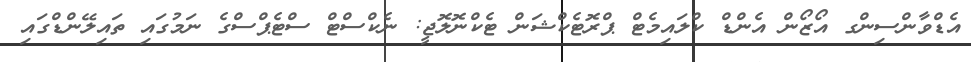
އެޑްވާންސިންގ އޯޒޯން އެންޑް ކްލައިމެޓް ޕްރޮޓެކްޝަން ޓެކްނޮލޮޖީ: ނެކްސްޓް ސްޓެޕްސްގެ ނަމުގައި ތައިލޭންޑްގައި